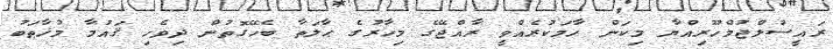
ރައީސުލްޖުމްހޫރިއްޔާ މިކަން ހާމަކުރެއްވީ ރާއްޖޭގެ މިހާރުގެ ޙާލަތާ ބެހޭގޮތުން ދިވެހި ޤައުމާ މުޚާޠަބު